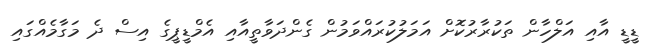
ޑީޑީ އާއި އަލްހާން ތަކުރާރުކޮށް އަމަލުކުރައްވަމުން ގެންދަވާތީއާއި އެމްޑީޕީގެ އިސް ދެ މަގާމެއްގައި